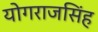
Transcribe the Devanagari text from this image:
योगराजसिंह